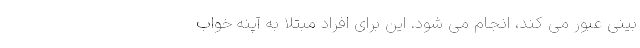
بینی عبور می کند، انجام می شود. این برای افراد مبتلا به آپنه خواب